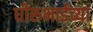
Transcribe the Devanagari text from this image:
धीरूभाईंच्या